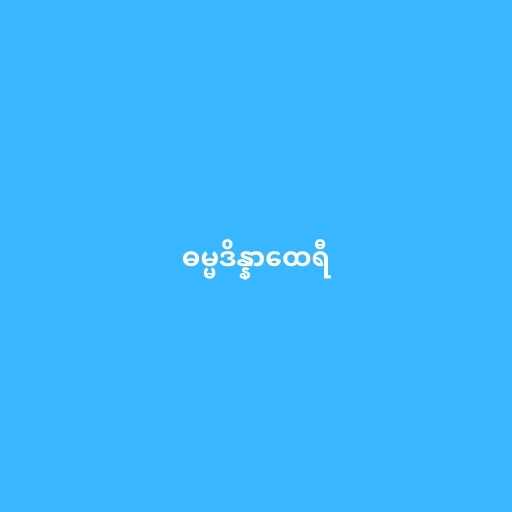
ဓမ္မဒိန္နာထေရီ